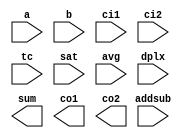
////////////////////////////////////////////////////////////////////////////////
//
//       This confidential and proprietary software may be used only
//     as authorized by a licensing agreement from Synopsys Inc.
//     In the event of publication, the following notice is applicable:
//
//                    (C) COPYRIGHT 1998 - 2018 SYNOPSYS INC.
//                           ALL RIGHTS RESERVED
//
//       The entire notice above must be reproduced on all authorized
//     copies.
//
//
// VERSION:   Simulation Architecture
//
// DesignWare_version: 7c912f56
// DesignWare_release: O-2018.06-DWBB_201806.3
//
////////////////////////////////////////////////////////////////////////////////
//-----------------------------------------------------------------------------------
//
// ABSTRACT:  Duplex Adder-Subtractor
//
// MODIFIED:
//
//--------------------------------------------------------------------

module DW_addsub_dx (a, b, ci1, ci2, addsub, tc, sat, avg, dplx,
			sum, co1, co2);

  parameter		integer width = 4;
  parameter		integer p1_width = 2;

  input[width-1:0]	a;
  input[width-1:0]	b;
  input			ci1;
  input			ci2;
  input			addsub;
  input			tc;
  input			sat;
  input			avg;
  input			dplx;

  output[width-1:0]	sum;
  output		co1;
  output		co2;

  reg[width-1:0]	sum;
  reg[width+1:0]	sum_int;
  reg			co1;
  reg			co2;

// synopsys translate_off


function[width+1:0] add;

  input			tc;
  input			ci;
  input[width-1:0]	a;
  input[width-1:0]	b;
  input[31:0]		in_width;

begin : block_add

  reg[width:0]		a_in;
  reg[width:0]		b_in;
  reg 			carry;
  reg			co;
  reg[width+1:0]	sum;

  integer		i;

	for (i=0; i< in_width; i=i+1)
	begin
	  a_in[i] = a[i];
	  b_in[i] = b[i];
	end
	a_in[in_width] = a_in[in_width-1] & tc;
	b_in[in_width] = b_in[in_width-1] & tc;
	carry = ci;

	begin : for_each_bit_154
	  integer i;
	  for (i = 0; i <= (in_width - 1); i = i + 1)
	  begin 
	    sum[i] = (a_in[i] ^ b_in[i]) ^ carry;
	    carry = (a_in[i] & b_in[i])
			| (a_in[i] & carry )
			| (carry & b_in[i]);
	  end
	end

	sum[in_width] = (a_in[in_width] ^ b_in[in_width]) ^ carry;
	sum[in_width+1] = carry;
	add = sum;
end
endfunction



function[width+1:0] sub;

  input			tc;
  input			ci;
  input[width-1:0]	a;
  input[width-1:0]	b;
  input[31:0]		in_width;

begin : block_add

  reg[width:0]		a_in;
  reg[width:0]		b_in;
  reg[width:0]		bv;
  reg 			carry;
  reg			co;
  reg[width+1:0]	sum;
  integer		i;

	for (i=0; i< in_width; i=i+1)
	begin
	  a_in[i] = a[i];
	  b_in[i] = b[i];
	end
	a_in[in_width] = a_in[in_width-1] & tc;
	b_in[in_width] = b_in[in_width-1] & tc;
	bv = ~b_in;

	carry = ~ci;

	begin : for_each_bit_154
	  integer i;
	  for (i = 0; i <= (in_width - 1); i = i + 1)
	  begin 
	    sum[i] = (a_in[i] ^ bv[i]) ^ carry;
	    carry = (a_in[i] & bv[i])
			| (a_in[i] & carry )
			| (carry & bv[i]);
	  end
	end

	sum[in_width] = (a_in[in_width] ^ bv[in_width]) ^ carry;
	sum[in_width+1] = ~carry;
	sub = sum;
end
endfunction



function[width+1:0] addsub_func;

  input			add_sub_ctl;
  input			tc;
  input			ci;
  input[width-1:0]	a;
  input[width-1:0]	b;
  input[31:0]		in_width;

begin : block_addsub_func

reg[width+1:0] 	sum;
integer		i;

	if (add_sub_ctl === 1'b0)
	begin 
	  sum = add(tc, ci, a, b, in_width);
	end
	else if (add_sub_ctl === 1'b1)
	begin 
	  sum = sub(tc, ci, a, b, in_width);
	end
	else
	begin
	  for(i=0; i<width+2; i=i+1)
	  begin
	    sum[i] = 1'bx;
	  end
	end 

	addsub_func = sum;

end
endfunction



function[width:0] saturation;

  input			sat;
  input			avg;
  input			addsub;
  input			tc;
  input			ci;
  input[width-1:0]	a;
  input[width-1:0]	b;
  input[31:0]		in_width;

begin : block_saturation

  reg[width+1:0]	sum;
  reg			carry;
  reg			sum_sign;
  reg			sum_ext_sign;
  reg[width-1:0]	sat_out;
  reg[width-1:0]	avg_out;
  reg[width:0]		final_out;
  reg[1:0]		overflow_type;
  integer		i;

	sum  = addsub_func(addsub, tc, ci, a, b, in_width);
	sum_sign = sum[in_width-1];
	sum_ext_sign = sum[in_width];
	carry = sum_ext_sign;

	for (i=0; i<in_width; i=i+1)
	begin
	  sat_out[i] = sum[i];
	end

	if (sat === 1'b1)
	begin 

	  if (tc === 1'b0)
	  begin 
	    carry = 1'b0;

	    if (sum_ext_sign === 1'b1)
	    begin 
  	      for (i=0; i<in_width; i=i+1)
	      begin
	        sat_out[i] = ~addsub;
	      end 
	    end 
	    else if (sum_ext_sign === 1'b0)
	    begin 
  	      for (i=0; i<in_width; i=i+1)
	      begin
	        sat_out[i] = sum[i];
	      end 
	    end 
	    else
	    begin 
  	      for (i=0; i<in_width; i=i+1)
	      begin
	        sat_out[i] = 1'bx;
	      end 
	    end
	  end

	  else if (tc === 1'b1)
	  begin 

	    overflow_type = {sum_ext_sign, sum_sign};

	    case (overflow_type)
	      2'b00,
	      2'b11:
	      begin
	      end

	      2'b01:
	      begin
	        for (i=0; i<in_width-1; i=i+1)
	        begin
		  sat_out[i] = 1'b1;
		end
		sat_out[in_width-1] = 1'b0;
	      end

	      2'b10:
	      begin
		for (i=0; i<in_width-1; i=i+1)
		begin
		  sat_out[i] = 1'b0;
		end
		sat_out[in_width-1] = 1'b1;
	      end

	      default:
	      begin
		for (i=0; i<in_width; i=i+1)
		begin
		  sat_out[i] = 1'bx;
		end
	      end

	    endcase

	  end

	  else
	  begin
	    for (i=0; i<in_width; i=i+1)
	    begin
	      sat_out[i] = 1'bx;
	    end 
	  end 

	end

	else if (sat === 1'bx)
	begin 
	  if (tc === 1'b0)
	  begin 
	    if (sum_ext_sign != sum_sign)
	    begin 
	      for (i=0; i<in_width; i=i+1)
	      begin
	        sat_out[i] = 1'bx;
	      end 
	      carry = 1'bx;
	    end 
	  end

	  else if (tc === 1'b1)
	  begin 

	    overflow_type = {sum_ext_sign, sum_sign};

	    case (overflow_type)
	      2'b00,
	      2'b11:
		begin
	        end

	      2'b01,
	      2'b10:
		begin
	          for (i=0; i<in_width; i=i+1)
	          begin
	            sat_out[i] = 1'bx;
	          end
		  carry = 1'bx;
	        end

	      default:
		begin
	          for (i=0; i<in_width; i=i+1)
	          begin
	            sat_out[i] = 1'bx;
	          end
		  carry = 1'bx;
	        end

	    endcase

	  end

	  else
	  begin
	    for (i=0; i<in_width; i=i+1)
	    begin
	      sat_out[i] = 1'bx;
	    end 
	    carry = 1'bx;
	  end 

	end

	if (avg === 1'b0)
	begin
	  avg_out = sat_out;
	end

	else if (avg === 1'b1)
	begin 

	  if (tc === 1'b0)
	  begin
	    carry = 1'b0;
	  end
	  else if (tc === 1'bx)
	  begin
	    if (carry != 1'b0)
	    begin
	      carry = 1'bx;
	    end
	  end

	  if (sat === 1'b0)
	  begin
	    for (i=0; i<in_width; i=i+1)
	    begin
	      avg_out[i] = sum[i+1];
	    end
	  end

	  else if (sat === 1'b1)
	  begin
	    for (i=0; i<in_width-1; i=i+1)
	    begin
	      avg_out[i] = sat_out[i+1];
	    end
	    avg_out[in_width-1] = sat_out[in_width-1] & tc;
	  end

	end

	else
	begin
	  for (i=0; i<in_width; i=i+1)
	  begin
	    avg_out[i] = 1'bx;
	  end 
	  carry = 1'bx;
	end 

	for (i=0; i<in_width; i=i+1)
	begin
	  final_out[i] = avg_out[i];
	end
	final_out[in_width] = carry;

	saturation = final_out;

	end

endfunction



function[width+1:0] addsub_dx;

  input[width-1:0]	a;
  input[width-1:0]	b;
  input			ci1;
  input			ci2;
  input			addsub;
  input			tc;
  input			sat;
  input			avg;
  input			dplx;

begin : block_addsub_dx

  reg			co1;
  reg			co2;
  reg[width-1:0]	sum;
  reg[width:0]		sum_int;
  reg[p1_width:0]	sum_int1;
  reg[width-p1_width:0]	sum_int2;
  integer		i;

	if(dplx === 1'b0)
	begin 
	  sum_int = saturation(sat, avg, addsub, tc, ci1, a, b, width);
	  sum = sum_int[width-1:0];
	  co1 = 1'b0;
	  co2 = sum_int[width];
	end

	else if(dplx === 1'b1)
	begin 

	  sum_int1 = saturation(sat, avg, addsub,
			tc, ci1, a[p1_width-1:0], b[p1_width-1:0],
			p1_width);
	  for (i=0; i<p1_width; i=i+1)
	  begin
	    sum[i] = sum_int1[i];
	  end
	  co1 = sum_int1[p1_width];

	  sum_int2 = saturation(sat, avg, addsub,
			tc, ci2, a[width-1:p1_width],
			b[width-1:p1_width],
			width-p1_width);
	  for (i=0; i< width-p1_width; i=i+1)
	  begin
	    sum[i+p1_width] = sum_int2[i];
	  end
	  co2 = sum_int2[width-p1_width];
	end

	else if(dplx === 1'bx)
	begin 
	  sum = 1'bx;
	  co1 = 1'bx;
	  co2 = 1'bx;
	end 

	addsub_dx = {co1, co2, sum};
	end

endfunction


always @(a or b or ci1 or ci2 or addsub or tc or sat or avg or dplx)
begin
	sum_int = addsub_dx(a, b, ci1, ci2, addsub,
			tc, sat, avg, dplx );

	sum = sum_int[width-1:0];

	co1 = sum_int[(width + 1 )];

	co2 = sum_int[width];
end

// synopsys translate_on

endmodule